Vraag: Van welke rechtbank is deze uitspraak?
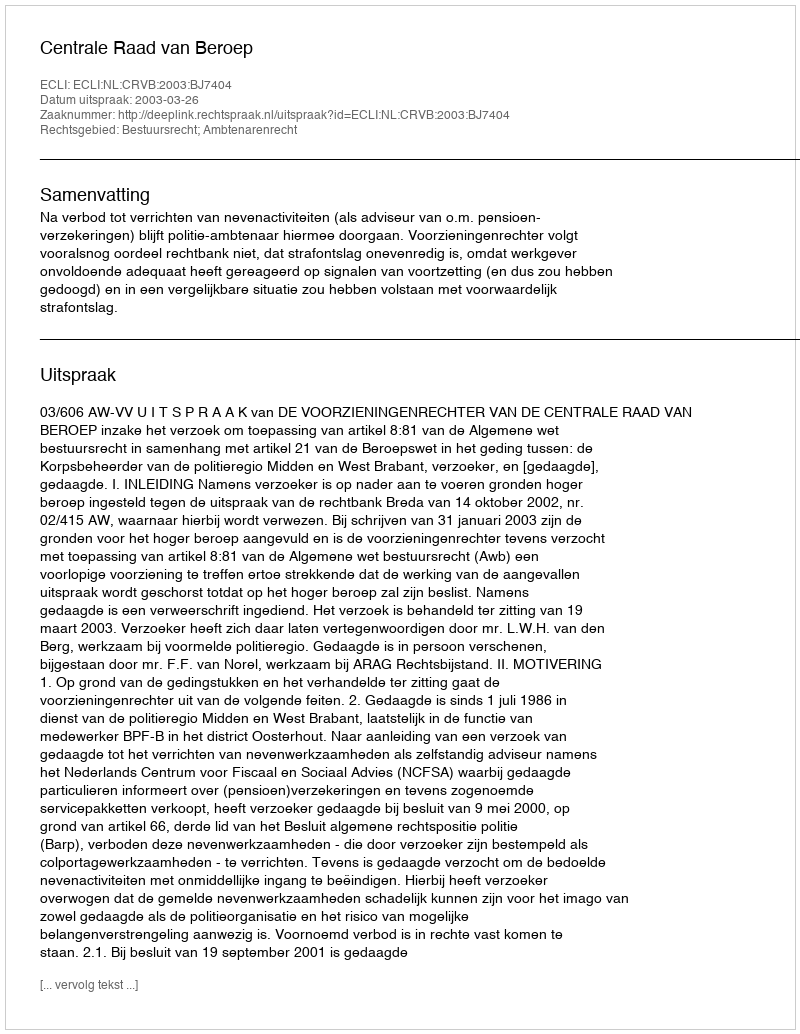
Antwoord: Centrale Raad van Beroep